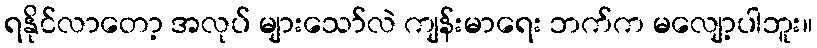
ရနိုင်လာတော့ အလုပ် များသော်လဲ ကျန်းမာရေး ဘက်က မလျော့ပါဘူး။